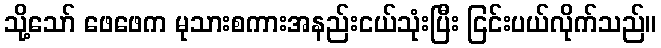
သို့သော် ဖေဖေက မုသားစကားအနည်းငယ်သုံးပြီး ငြင်းပယ်လိုက်သည်။